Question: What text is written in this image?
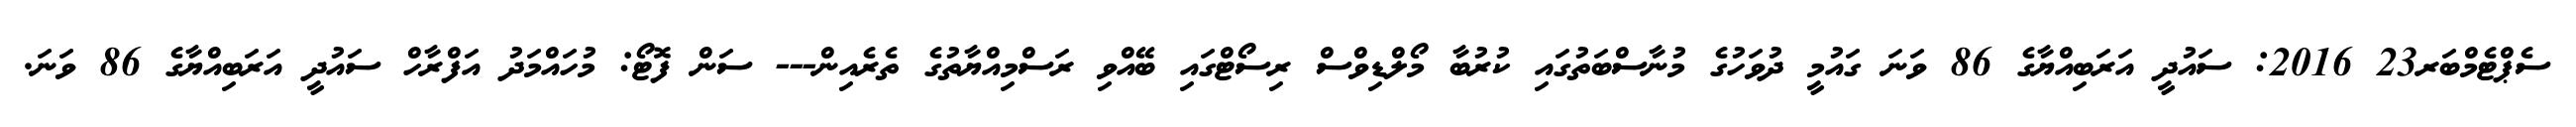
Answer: ސެޕްޓެމްބަރ23 2016: ސައުދީ އަރަބިއްޔާގެ 86 ވަނަ ގައުމީ ދުވަހުގެ މުނާސްބަތުގައި ކުރުބާ މޯލްޑިވްސް ރިސޯޓްގައި ބޭއްވި ރަސްމިއްޔާތުގެ ތެރެއިން--- ސަން ފޮޓޯ: މުހައްމަދު އަފްރާހް ސައުދީ އަރަބިއްޔާގެ 86 ވަނަ.